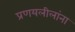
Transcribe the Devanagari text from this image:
प्रणयलीलांना